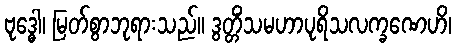
ဗုဒ္ဓေါ၊ မြတ်စွာဘုရားသည်။ ဒွတ္တိံသမဟာပုရိသလက္ခဏေဟိ၊